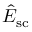
\hat { E } _ { \mathrm { s c } }